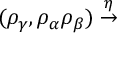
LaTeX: ( \rho _ { \gamma } , \rho _ { \alpha } \rho _ { \beta } ) \stackrel { \eta } { \rightarrow }